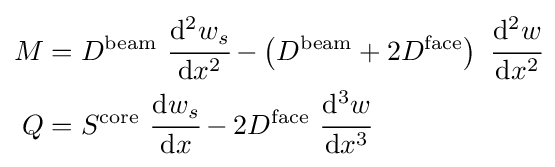
{\begin{aligned}M&=D^{\mathrm {beam} }~{\cfrac {\mathrm {d} ^{2}w_{s}}{\mathrm {d} x^{2}}}-\left(D^{\mathrm {beam} }+2D^{\mathrm {face} }\right)~{\cfrac {\mathrm {d} ^{2}w}{\mathrm {d} x^{2}}}\\Q&=S^{\mathrm {core} }~{\cfrac {\mathrm {d} w_{s}}{\mathrm {d} x}}-2D^{\mathrm {face} }~{\cfrac {\mathrm {d} ^{3}w}{\mathrm {d} x^{3}}}\end{aligned}}